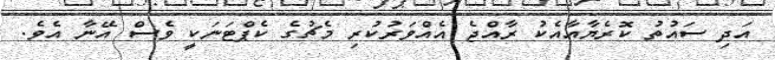
އަދި ސައުތު ކޮރެޔާއާއެކު ރާއްޖެ އެއްވަރުކުރި މެޗުގެ ކެޕްޓަނަކީ ވެސް އޭނާ އެވެ.